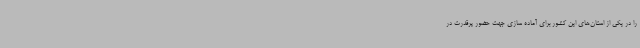
را در یکی از استان‌های این کشور برای آماده سازی جهت حضور پرقدرت در